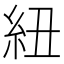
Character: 紐